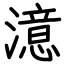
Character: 澺